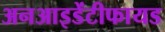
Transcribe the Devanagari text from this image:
अनआइडेंटीफायड